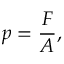
p = { \frac { F } { A } } ,